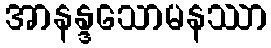
အာနန္ဒသောမနဿာ